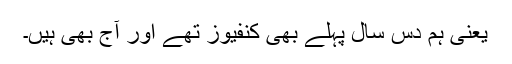
یعنی ہم دس سال پہلے بھی کنفیوز تھے اور آج بھی ہیں۔